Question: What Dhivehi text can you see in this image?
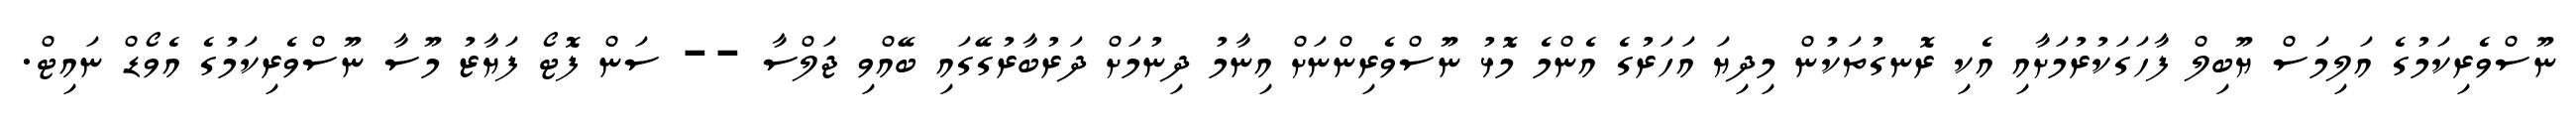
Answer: ނޫސްވެރިކަމުގެ އަލިމަސް ޔޫބިލް ފާހަގަކުރުމަށާއި އެކި ރޮނގުތަކުން މިދިޔަ އަހަރުގެ އެންމެ މޮޅު ނޫސްވެރިންނަށް އިނާމު ދިނުމަށް ދަރުބާރުގޭގައި ބޭއްވި ޖަލްސާ -- ސަން ފޮޓޯ ފަޔާޒު މޫސާ ނޫސްވެރިކަމުގެ އެވޯޑް ނައިޓް.